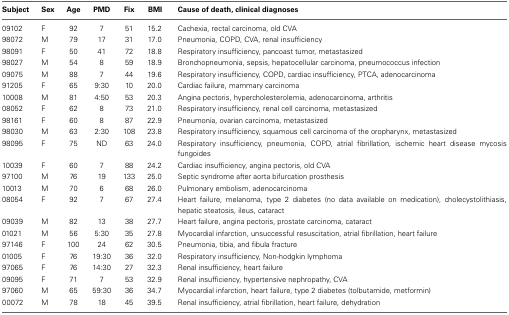
<table><thead><tr><td><b>Subject</b></td><td><b>Sex</b></td><td><b>Age</b></td><td><b>PMD</b></td><td><b>Fix</b></td><td><b>BMI</b></td><td><b>Cause of death, clinical diagnoses</b></td></tr></thead><tbody><tr><td>09102</td><td>F</td><td>92</td><td>7</td><td>51</td><td>15.2</td><td>Cachexia, rectal carcinoma, old CVA</td></tr><tr><td>98072</td><td>M</td><td>79</td><td>17</td><td>31</td><td>17.0</td><td>Pneumonia, COPD, CVA, renal insufficiency</td></tr><tr><td>98091</td><td>F</td><td>50</td><td>41</td><td>72</td><td>18.8</td><td>Respiratory insufficiency, pancoast tumor, metastasized</td></tr><tr><td>98027</td><td>M</td><td>54</td><td>8</td><td>59</td><td>18.9</td><td>Bronchopneumonia, sepsis, hepatocellular carcinoma, pneumococcus infection</td></tr><tr><td>09075</td><td>M</td><td>88</td><td>7</td><td>44</td><td>19.6</td><td>Respiratory insufficiency, COPD, cardiac insufficiency, PTCA, adenocarcinoma</td></tr><tr><td>91205</td><td>F</td><td>65</td><td>9:30</td><td>10</td><td>20.0</td><td>Cardiac failure, mammary carcinoma</td></tr><tr><td>10008</td><td>M</td><td>81</td><td>4:50</td><td>53</td><td>20.3</td><td>Angina pectoris, hypercholesterolemia, adenocarcinoma, arthritis</td></tr><tr><td>08052</td><td>F</td><td>62</td><td>8</td><td>73</td><td>21.0</td><td>Respiratory insufficiency, renal cell carcinoma, metastasized</td></tr><tr><td>98161</td><td>F</td><td>60</td><td>8</td><td>87</td><td>22.9</td><td>Pneumonia, ovarian carcinoma, metastasized</td></tr><tr><td>98030</td><td>M</td><td>63</td><td>2:30</td><td>108</td><td>23.8</td><td>Respiratory insufficiency, squamous cell carcinoma of the oropharynx, metastasized</td></tr><tr><td>98095</td><td>F</td><td>75</td><td>ND</td><td>63</td><td>24.0</td><td>Respiratory insufficiency, pneumonia, COPD, atrial fibrillation, ischemic heart disease mycosis fungoides</td></tr><tr><td>10039</td><td>F</td><td>60</td><td>7</td><td>88</td><td>24.2</td><td>Cardiac insufficiency, angina pectoris, old CVA</td></tr><tr><td>97100</td><td>M</td><td>76</td><td>19</td><td>133</td><td>25.0</td><td>Septic syndrome after aorta bifurcation prosthesis</td></tr><tr><td>10013</td><td>M</td><td>70</td><td>6</td><td>68</td><td>26.0</td><td>Pulmonary embolism, adenocarcinoma</td></tr><tr><td>08054</td><td>F</td><td>92</td><td>7</td><td>67</td><td>27.4</td><td>Heart failure, melanoma, type 2 diabetes (no data available on medication), cholecystolithiasis, hepatic steatosis, ileus, cataract</td></tr><tr><td>09039</td><td>M</td><td>82</td><td>13</td><td>38</td><td>27.7</td><td>Heart failure, angina pectoris, prostate carcinoma, cataract</td></tr><tr><td>01021</td><td>M</td><td>56</td><td>5:30</td><td>35</td><td>27.8</td><td>Myocardial infarction, unsuccessful resuscitation, atrial fibrillation, heart failure</td></tr><tr><td>97146</td><td>F</td><td>100</td><td>24</td><td>62</td><td>30.5</td><td>Pneumonia, tibia, and fibula fracture</td></tr><tr><td>01005</td><td>F</td><td>76</td><td>19:30</td><td>36</td><td>32.0</td><td>Respiratory insufficiency, Non-hodgkin lymphoma</td></tr><tr><td>97065</td><td>F</td><td>76</td><td>14:30</td><td>27</td><td>32.3</td><td>Renal insufficiency, heart failure</td></tr><tr><td>09095</td><td>F</td><td>71</td><td>7</td><td>53</td><td>32.9</td><td>Renal insufficiency, hypertensive nephropathy, CVA</td></tr><tr><td>97060</td><td>M</td><td>65</td><td>59:30</td><td>36</td><td>34.7</td><td>Myocardial infarction, heart failure, type 2 diabetes (tolbutamide, metformin)</td></tr><tr><td>00072</td><td>M</td><td>78</td><td>18</td><td>45</td><td>39.5</td><td>Renal insufficiency, atrial fibrillation, heart failure, dehydration</td></tr></tbody></table>